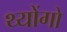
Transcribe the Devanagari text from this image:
थ्योंगो